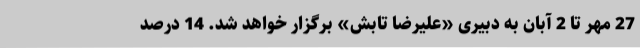
27 مهر تا 2 آبان به دبیری «علیرضا تابش» برگزار خواهد شد. 14 درصد